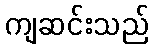
ကျဆင်းသည်